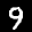
Label: 9